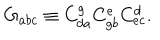
LaTeX: G _ { a b c } \equiv C _ { d a } ^ { g } C _ { g b } ^ { e } C _ { e c } ^ { d } .